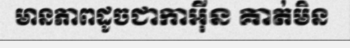
មានភាពដូចជាកាអ៊ីន គាត់មិន